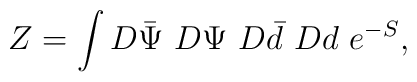
Z = \int D\bar{\Psi}~D\Psi~D\bar d~Dd~e^{-S},